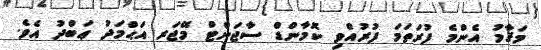
މަޤާމު އެންމެ ފުރަތަމަ ފުރުއްވި ކޮމާންޑް ސާޖަންޓް މޭޖަރ އަޙްމަދު ޢަބްދު އެވެ.